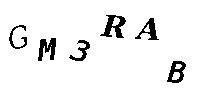
GM3RAB